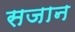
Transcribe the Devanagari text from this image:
सजान